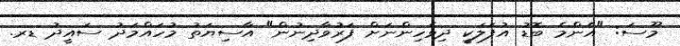
މޫސަ: "އެންމެ ބޮޑު އުފަލަކީ ދިވެހިންނަށް ފަރުވާދިނުން" އާސިޔަތު މުހައްމަދު ސައީދު ޑރ.